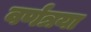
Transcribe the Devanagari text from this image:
वर्णत्रया